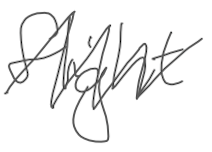
Text: flight
Cross-out: zig-zag
Writing tool: digital_gray